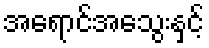
အရောင်အသွေးနှင့်